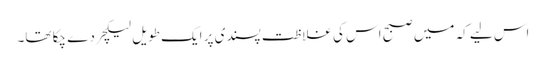
اس لیے کہ میں صبح اس کی غلاظت پسندی پر ایک طویل لیکچر دے چکا تھا۔